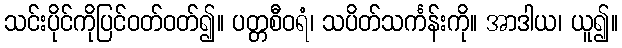
သင်းပိုင်ကိုပြင်ဝတ်ဝတ်၍။ ပတ္တစီဝရံ၊ သပိတ်သင်္ကန်းကို။ အာဒါယ၊ ယူ၍။